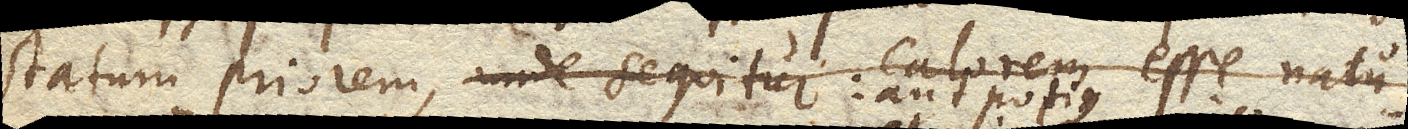
statum priorem, unde sequitur: calorem esse natu